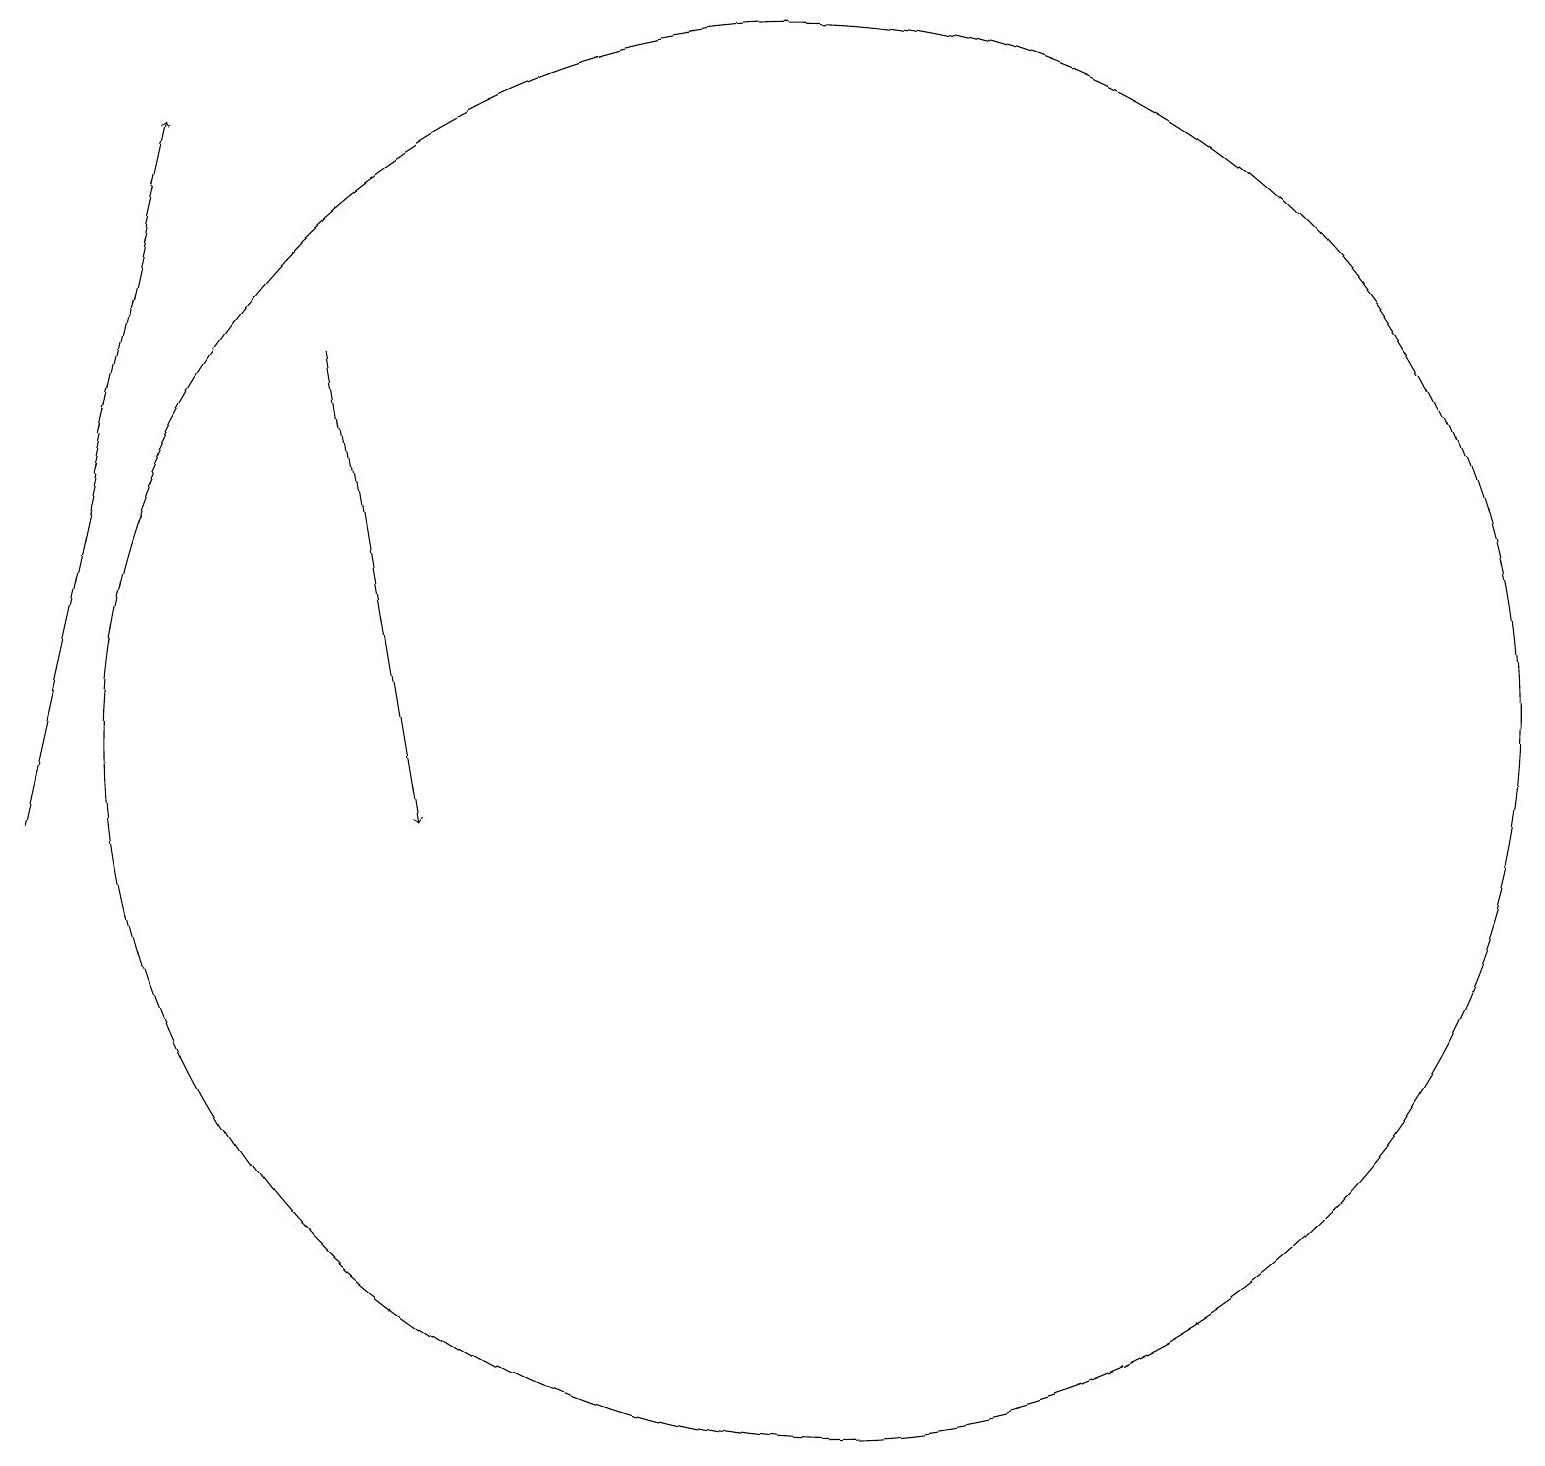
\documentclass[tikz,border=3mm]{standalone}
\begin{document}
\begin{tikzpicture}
\draw[->] (4,16) -- (5,10);
\draw[->] (0,10) -- (2,19);
\draw (10,11) circle (9);
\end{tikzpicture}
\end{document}